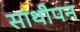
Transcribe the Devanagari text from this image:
साथीपन